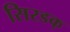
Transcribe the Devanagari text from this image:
सिरडक्